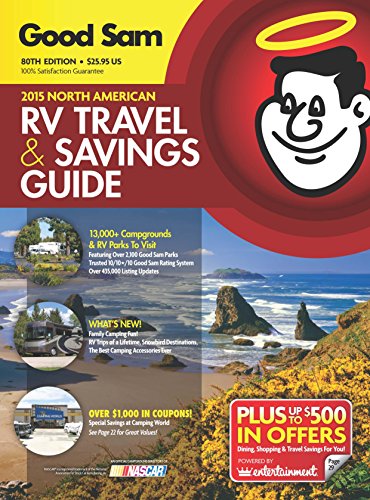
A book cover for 2015 Good Sam RV Travel & Savings Guide: The Must-Have RV Travel Resource! (Good Sams Rv Travel Guide & Campground Directory); Good Sam Enterprises; Travel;